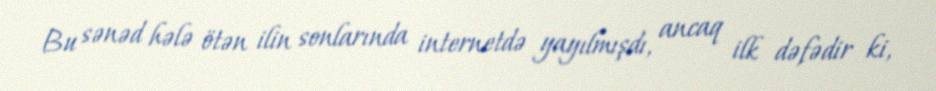
Bu sənəd hələ ötən ilin sonlarında internetdə yayılmışdı, ancaq ilk dəfədir ki,